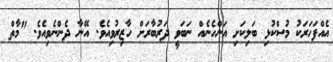
އެއްފަހަރަކު މުސްކުޅި ބަލިކަށި އަންހެނެއް ނަބަވީ ދަރުބާރަށް ހާޒިރުވިއެވެ. އޭނާ ދެންނެވިއެވެ. "މާތް